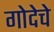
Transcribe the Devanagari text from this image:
गोदेचे